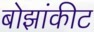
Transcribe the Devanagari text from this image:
बोझांकीट